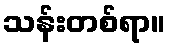
သန်းတစ်ရာ။